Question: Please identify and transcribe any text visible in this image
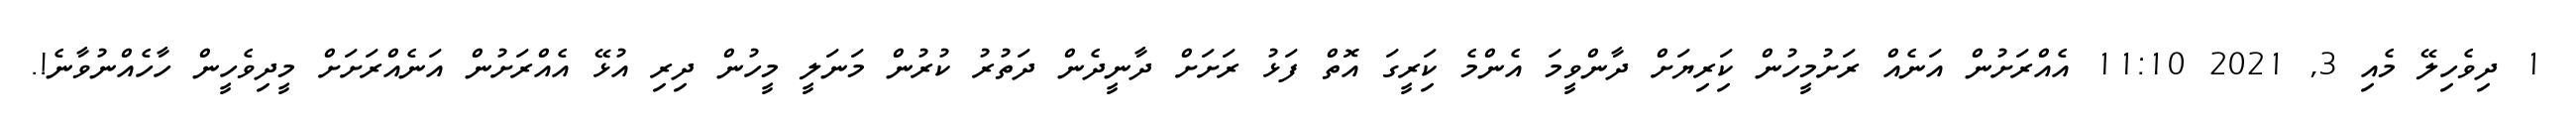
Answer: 1 ދިވެހިލޭ މެއި 3, 2021 11:10 އެއްރަށުން އަނެއް ރަށުމީހުން ކަިރިޔަށް ދާންވީމަ އެންމެ ކަިރީގަ އޮތް ފަޅު ރަށަށް ދާނީދެން ދަތުރު ކުރުން މަނަލީ މީހުން ދިރި އުޅޭ އެއްރަށުން އަނެއްރަށަށް މީދިވެހީން ހާހެއްނުވާނެ!.